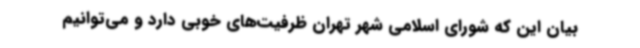
بیان این که شورای اسلامی شهر تهران ظرفیت‌های خوبی دارد و می‌توانیم